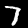
Digit: 7